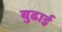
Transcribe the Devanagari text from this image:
बुढाई